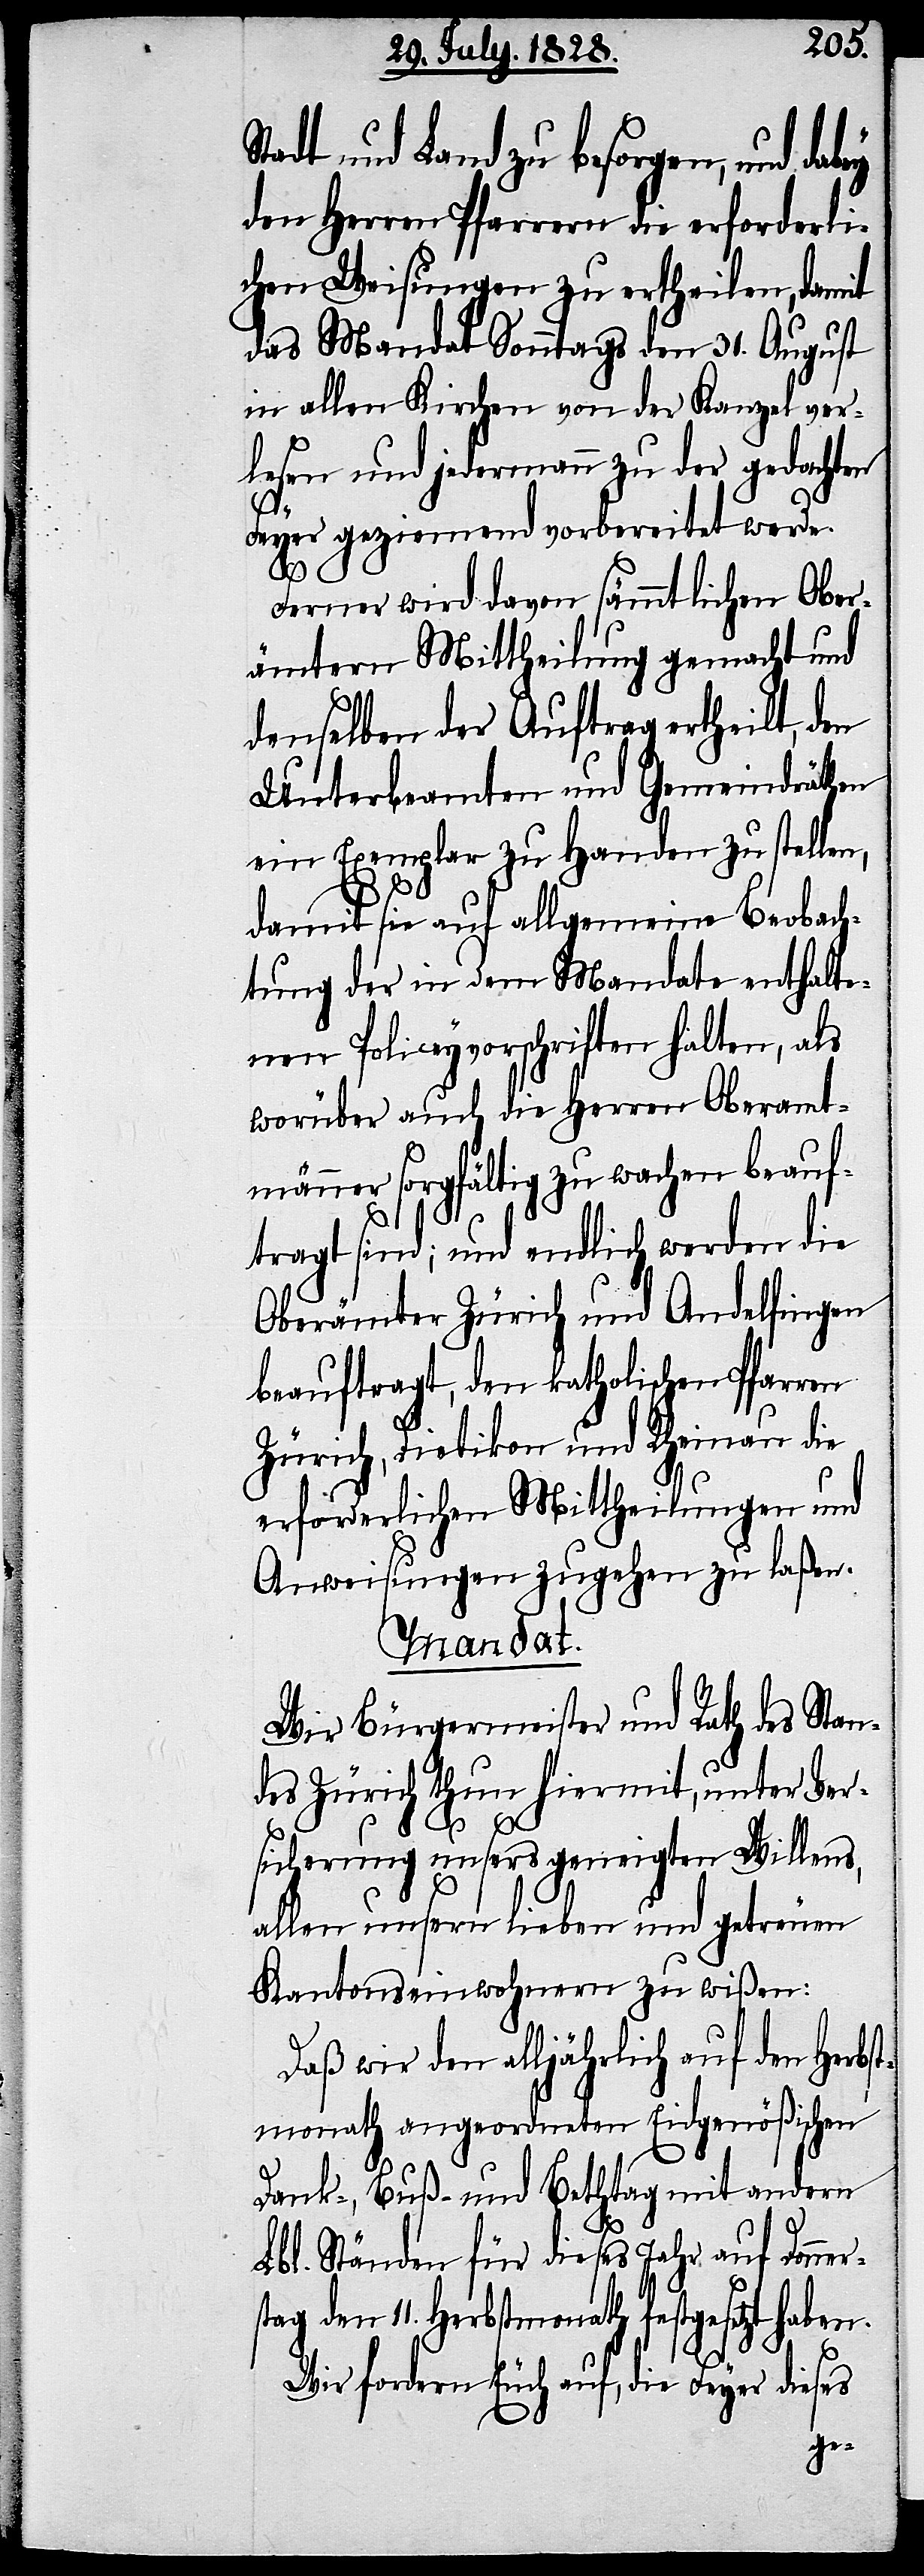
Stadt und Land zu besorgen, und
den Herren Pfarrern die erforderli¬
chen Weisungen zu ertheilen, damit
das Mandat Sonntags den 31. August
in allen Kirchen von der Kanzel ver¬
lesen und jedermann zu der gedachten
11.
Feyer geziemend vorbereitet werde.
Ferner wird davon sämmtlichen Ober¬
ämtern Mittheilung gemacht und
denselben der Auftrag ertheilt, den
Unterbeamten und Gemeindräthen
ein Exemplar zu Handen zu stellen,
damit sie auf allgemeine Beobach¬
tung der in dem Mandate enthalte¬
nen Policeyvorschriften halten, als
worüber auch die Herren Oberamt¬
männer sorgfältig zu wachen beauf¬
tragt sind; und endlich werden die
Oberämter Zürich und Andelfingen
beauftragt, den katholischen Pfarren
Zürich, Dietikon und Rheinau die
erforderlichen Mittheilungen und
Anweisungen zugehen zu laßen.
Mandat.
Wir Bürgermeister und Rath des Stan¬
des Zürich thun hiermit, unter Ver¬
sicherung unsers geneigten Willens,
allen unsern lieben und getreuen
Kantonseinwohnern zu wißen:
Daß wir den alljährlich auf den Herbs¬
tmonath angeordneten Eidgenößischen
Dank-, Buß- und Bethtag mit andern
Lbl. Ständen für dieses Jahr auf Donne¬
Herbstmonath festgesetzt haben.
Wir fordern Euch auf, die Feyer dieses